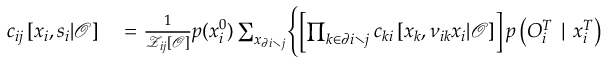
\begin{array} { r l } { c _ { i j } \left[ \boldsymbol { x } _ { i } , \boldsymbol { s } _ { i } | \boldsymbol { \mathcal { O } } \right] } & { { } = \frac { 1 } { \mathcal { Z } _ { i j } \left[ \boldsymbol { \mathcal { O } } \right] } p ( x _ { i } ^ { 0 } ) \sum _ { \boldsymbol { x } _ { \partial i \setminus j } } \Biggl \{ \left[ \prod _ { k \in \partial i \setminus j } c _ { k i } \left[ \boldsymbol { x } _ { k } , \boldsymbol { \nu } _ { i k } \boldsymbol { x } _ { i } | \boldsymbol { \mathcal { O } } \right] \right] p \left( { O } _ { i } ^ { T } \mid x _ { i } ^ { T } \right) } \end{array}